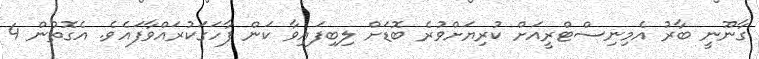
ގާނޫނީ ބާރު އެމިނިސްޓްރީއަށް ކުރިޔަށްވުރެ ބޮޑަށް ލިބިފައިވާ ކަން ފާހަގަކުރައްވާފައެވެ. އެގޮތުން 4